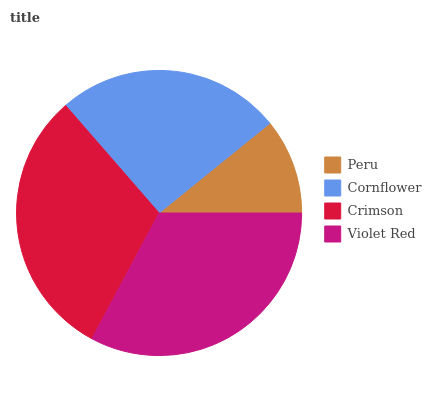
| Peru | Cornflower | Crimson | Violet Red |
 | --- | --- | --- | --- |
 | 10.8% | 25.6% | 30.8% | 32.7% |